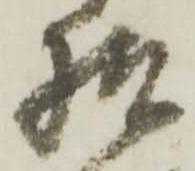
様